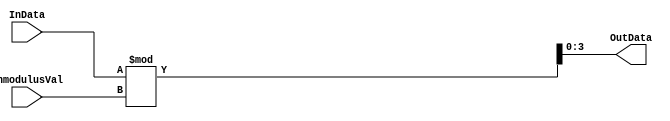
/*!>
* Modulus module
*
*+ Input +* 
* 6bit InData 		- Data source
* 4bit InmodulusVal	- modulus value ( Max  decimal 16 )
*
*
*+ Output +* 
*  4bit OutData - Output Data
*
*
<!*/
module Modulus_st(
input [7:0] InData,
input [3:0] InmodulusVal,
output reg [3:0] OutData
);

always @(InData)
	begin
		OutData = InData%InmodulusVal;
	end
endmodule